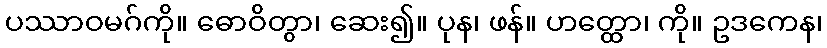
ပဿာဝမဂ်ကို။ ဓောဝိတွာ၊ ဆေး၍။ ပုန၊ ဖန်။ ဟတ္ထော၊ ကို။ ဥဒကေန၊